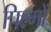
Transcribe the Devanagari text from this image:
पिल्मों